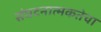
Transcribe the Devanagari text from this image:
संघटनात्मकतेचा